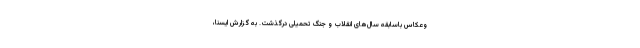
وعکاس باسابقه سال‌های انقلاب و جنگ تحمیلی درگذشت. به گزارش ایسنا،